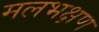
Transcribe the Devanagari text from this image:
मलभक्षण